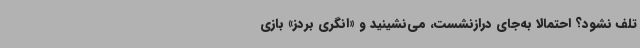
تلف نشود؟ احتمالاً به‌جای درازنشست، می‌نشینید و «انگری بردز» بازی